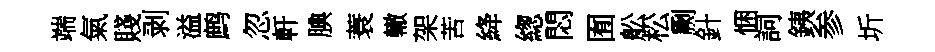
端氣賤剥溢鹧忽軒腆蓑轍架苦絳緫悶囿舩松劂針悃詞銕参圻